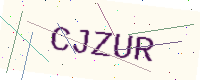
Text: CJZUR